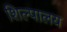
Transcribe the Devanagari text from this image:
शिल्पालय